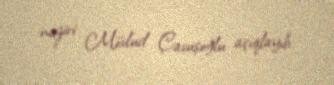
naziri Mövlud Çavuşoğlu açıqlayıb.